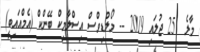
މާލެ  25 ޖުލައި 2019 -- މޯލްޑިވްސް އިސްލާމިކް ބޭންކް (އެމްއައިބީ)